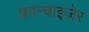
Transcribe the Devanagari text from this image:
फ़्रान्चाइज़ेर